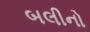
બલીનો